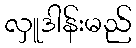
လှူဒါန်းမည်